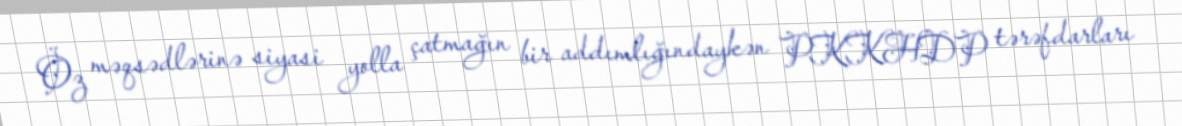
Öz məqsədlərinə siyasi yolla çatmağın bir addımlığındaykən PKKHDP tərəfdarları